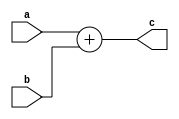
module SimpleAdd_2(
    input [7:0] a, b,
    output [7:0] c
);

    assign c = a + b;
    
    
endmodule //SimpleAdd